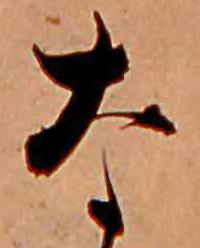
な